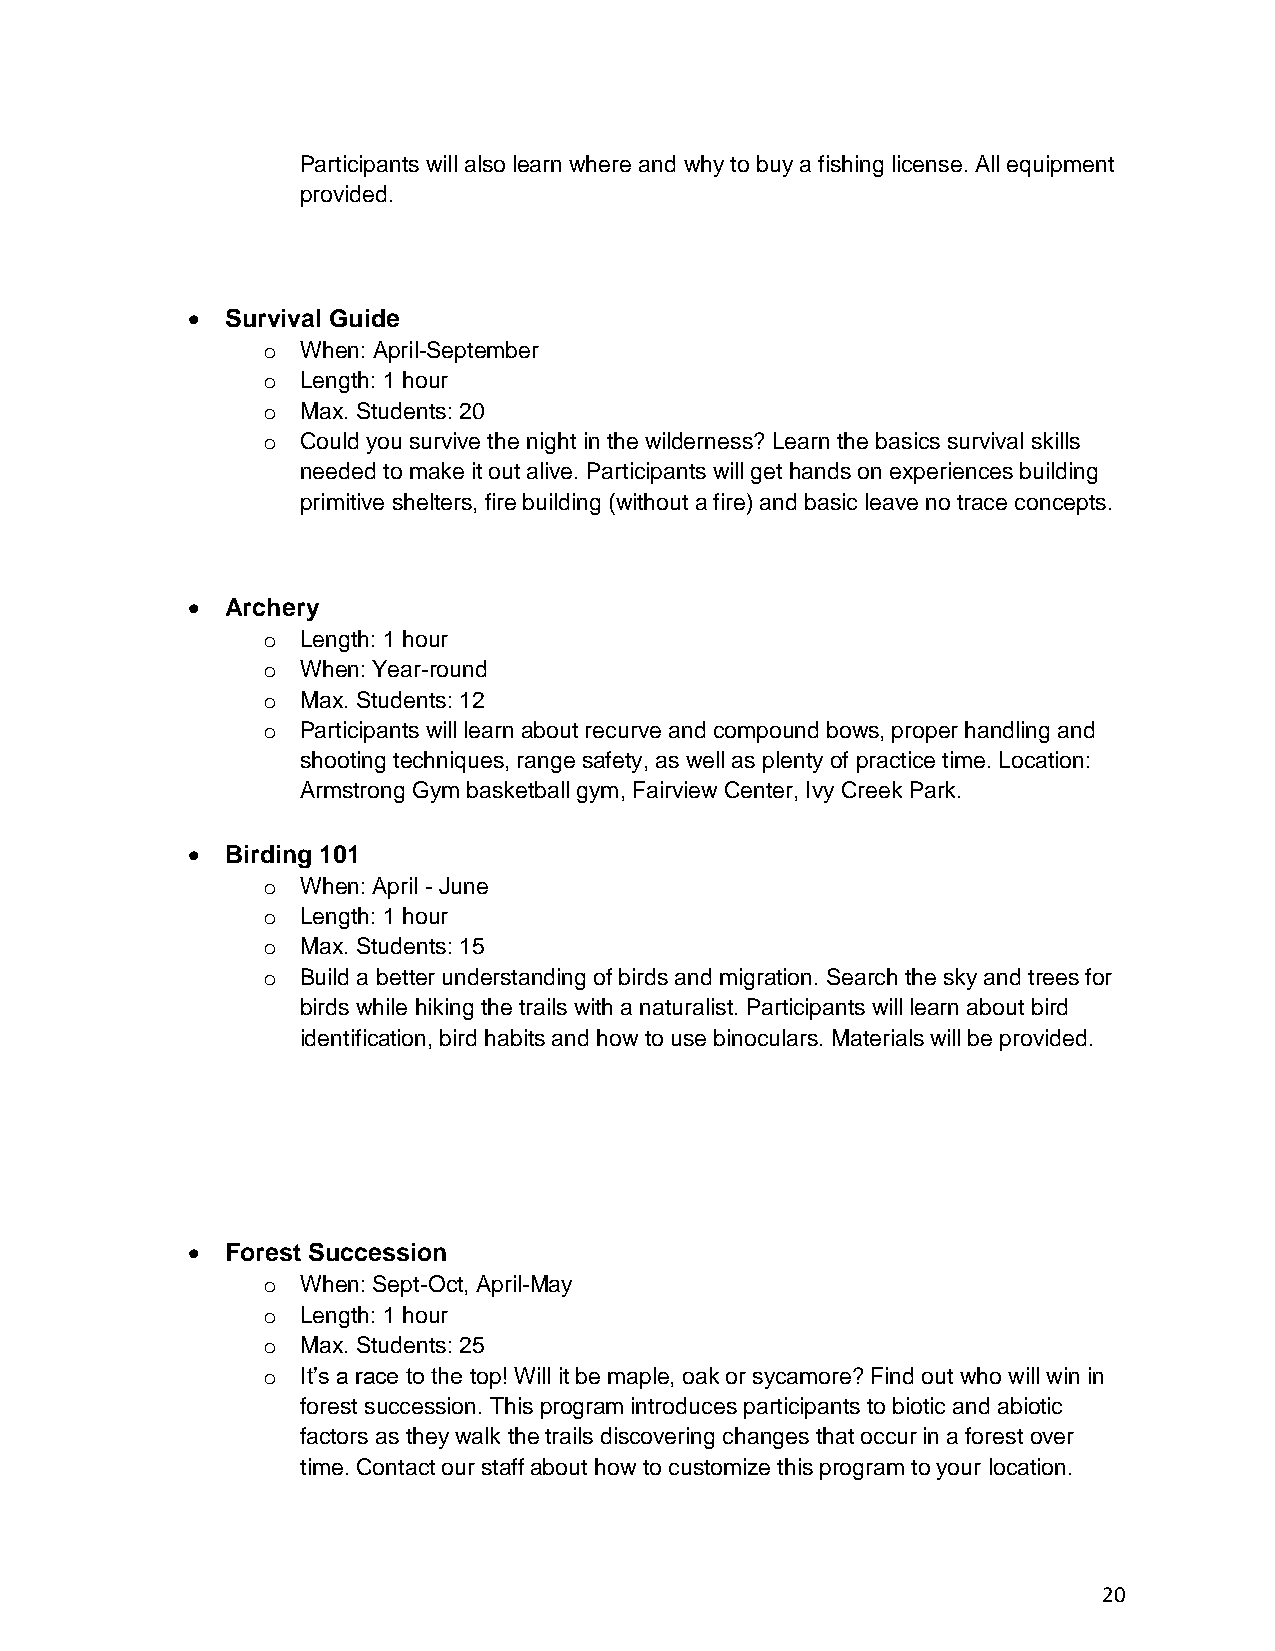
Participants will also learn where and why to buy a fishing license. All equipment
 provided.
 •  Survival Guide
 o  When: April-September
 o  Length: 1 hour
 o  Max. Students: 20
 o  Could you survive the night in the wilderness? Learn the basics survival skills
 needed to make it out alive. Participants will get hands on experiences building
 primitive shelters, fire building (without a fire) and basic leave no trace concepts.
 •  Archery
 o  Length: 1 hour
 o  When: Year-round
 o  Max. Students: 12
 o  Participants will learn about recurve and compound bows, proper handling and
 shooting techniques, range safety, as well as plenty of practice time. Location:
 Armstrong Gym basketball gym, Fairview Center, Ivy Creek Park.
 •  Birding 101
 o  When: April - June
 o  Length: 1 hour
 o  Max. Students: 15
 o  Build a better understanding of birds and migration. Search the sky and trees for
 birds while hiking the trails with a naturalist. Participants will learn about bird
 identification, bird habits and how to use binoculars. Materials will be provided.
 •  Forest Succession
 o  When: Sept-Oct, April-May
 o  Length: 1 hour
 o  Max. Students: 25
 o  It’s a race to the top! Will it be maple, oak or sycamore? Find out who will win in
 forest succession. This program introduces participants to biotic and abiotic
 factors as they walk the trails discovering changes that occur in a forest over
 time. Contact our staff about how to customize this program to your location.
 20